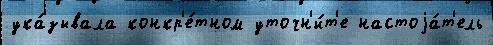
ука́зывала конкр'е́тном уточн'и́т'е настоjа́т'ель